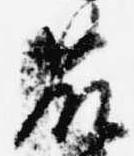
藤